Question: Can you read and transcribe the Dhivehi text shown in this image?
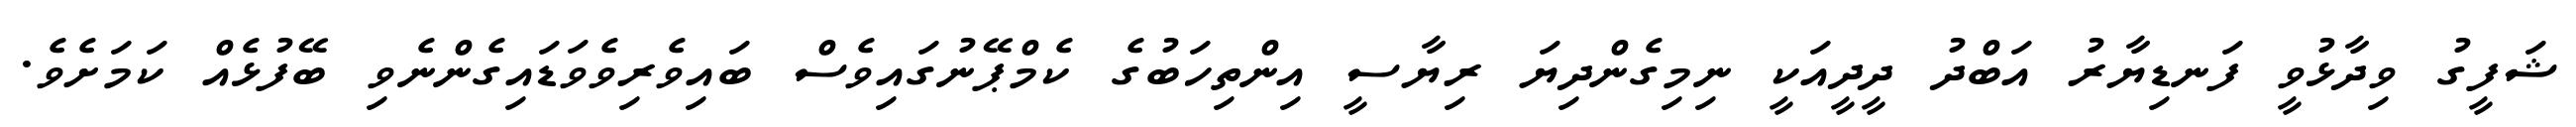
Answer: ޝަފީގު ވިދާޅުވީ ފަނޑިޔާރު އަބްދު ދީދީއަކީ ނިމިގެންދިޔަ ރިޔާސީ އިންތިހަބުގެ ކެމްޕޭނުގައިވެސް ބައިވެރިވެވަޑައިގެންނެވި ބޭފުޅެއް ކަމަށެވެ.